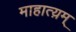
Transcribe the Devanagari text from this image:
माहात्य़म्